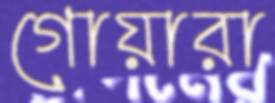
গোয়ারা